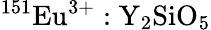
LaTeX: \mathrm{^{151}Eu^{3+}:Y_{2}SiO_{5}}